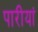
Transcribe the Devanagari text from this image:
पारीयां